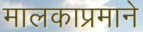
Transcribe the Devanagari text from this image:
मालकाप्रमाने